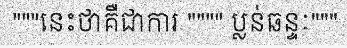
"""នេះថាគឺជាការ """" ប្លន់ឆន្ទៈ"""